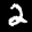
Label: 2